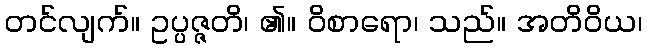
တင်လျက်။ ဥပ္ပဇ္ဇတိ၊ ၏။ ဝိစာရော၊ သည်။ အတိဝိယ၊